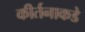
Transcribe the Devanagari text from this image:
कीर्तनाकडे